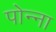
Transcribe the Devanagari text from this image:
पोन्ना